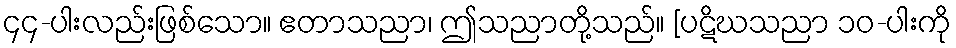
၄၄-ပါးလည်းဖြစ်သော။ ဧတာသညာ၊ ဤသညာတို့သည်။ [ပဋိဃသညာ ၁၀-ပါးကို